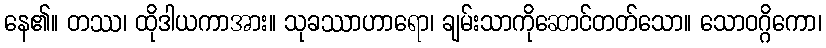
နေ၏။ တဿ၊ ထိုဒါယကာအား။ သုခဿာဟာရော၊ ချမ်းသာကိုဆောင်တတ်သော။ သောဝဂ္ဂိကော၊